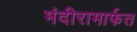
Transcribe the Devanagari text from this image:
मंदीरामार्फत